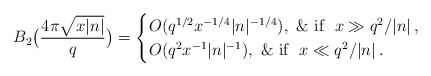
\begin{align*}B_2\big(\frac{4\pi\sqrt{x|n|}}{q}\big)=\begin{cases}O(q^{1/2}x^{-1/4}|n|^{-1/4}),\ \&\textrm{ if }\ x\gg q^2/|n|\, ,\\ O(q^{2}x^{-1}|n|^{-1}),\ \&\textrm{ if }\ x\ll q^2/|n|\, .\end{cases}\end{align*}